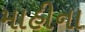
માહીના